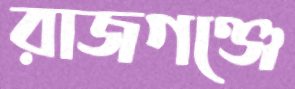
রাজগঞ্জে